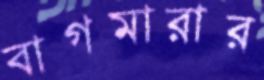
বাগমারার